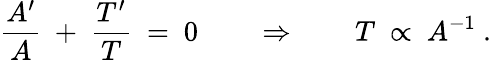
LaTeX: \frac{A^{\prime}}{A}\ +\ \frac{T^{\prime}}{T}\ =\ 0\qquad\Rightarrow\qquad T\ \propto\ A^{-1}\ .